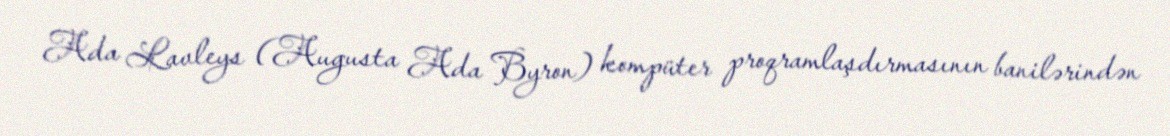
Ada Lavleys (Augusta Ada Byron) kompüter proqramlaşdırmasının banilərindən